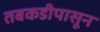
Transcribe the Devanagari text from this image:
तबकडीपासून